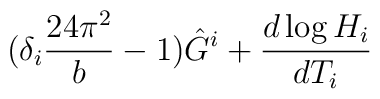
(\delta_i\frac{24\pi^2}{b}-1)\hat{G}^i+\frac{d\log H_i}{dT_i}